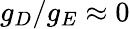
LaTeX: g_{D}/g_{E}\approx 0